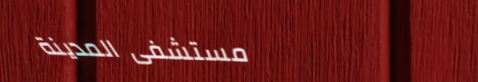
مستشفى المدينة